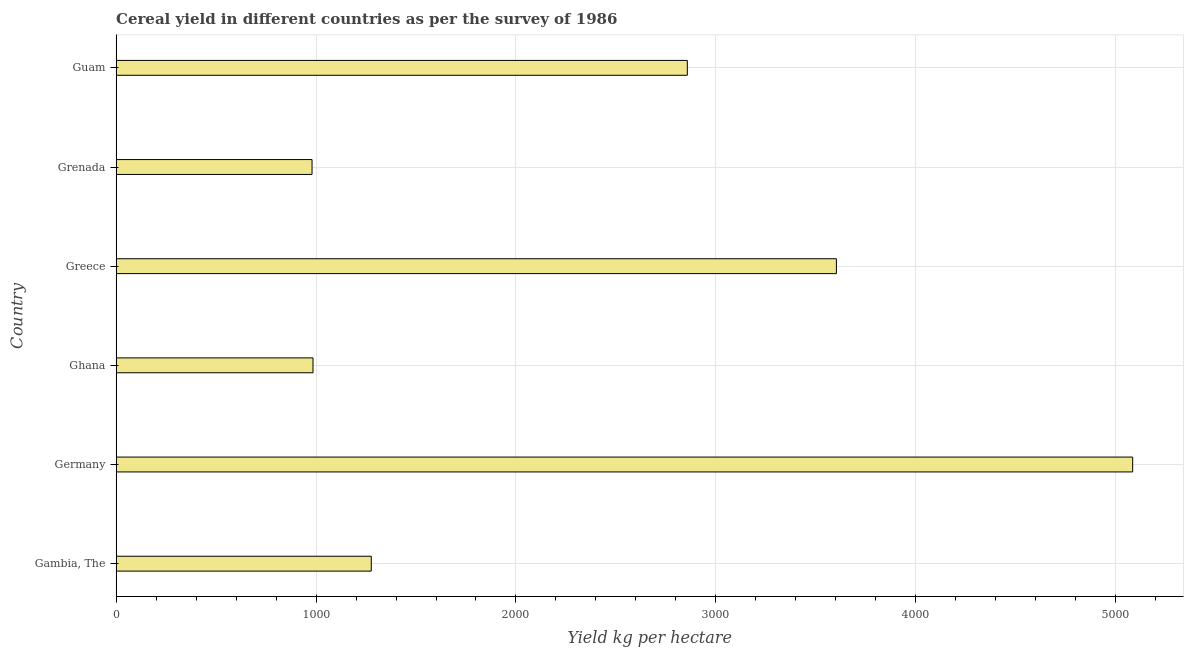
| Country | Cereal yield |
 | --- | --- |
 | Gambia, The | 1.28e+03 |
 | Germany | 5.08e+03 |
 | Ghana | 985 |
 | Greece | 3.6e+03 |
 | Grenada | 980 |
 | Guam | 2.86e+03 |